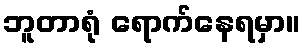
ဘူတာရုံ ရောက်နေရမှာ။